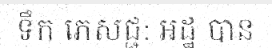
ទឹក ភេសជ្ជ: អដ្ឋ បាន